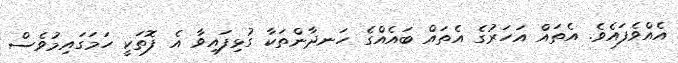
އެއްވެފައެވެ. އެތައް އަހަރުގެ އެތައް ބައެއްގެ ހަނދާންތަކާ ގުޅިފައިވާ އެ ފޮތަކީ ހަމަގައިމުވެސް